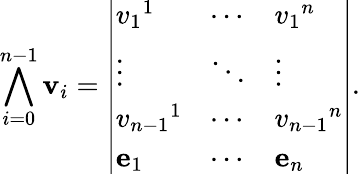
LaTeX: \bigwedge_{i=0}^{n-1}\mathbf{v}_{i}={\left|\begin{array}{lll}{v_{1}{}^{1}}&{\cdots}&{v_{1}{}^{n}}\\ {\vdots}&{\ddots}&{\vdots}\\ {v_{n-1}{}^{1}}&{\cdots}&{v_{n-1}{}^{n}}\\ {\mathbf{e}_{1}}&{\cdots}&{\mathbf{e}_{n}}\end{array}\right|}.